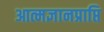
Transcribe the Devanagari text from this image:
आत्मज्ञानप्राप्ति